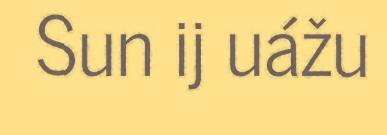
Sun ij uážu